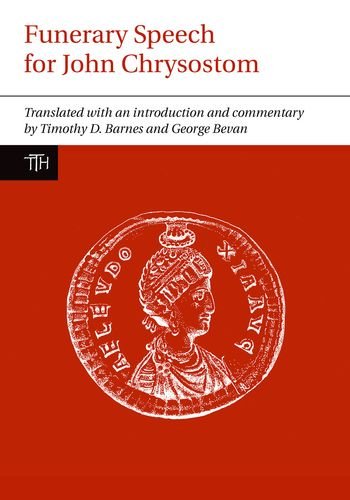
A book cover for Funerary Speech for John Chrysostom (Translated Texts for Historians LUP); Literature & Fiction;